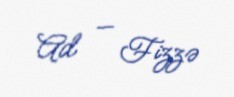
Ad — Fizzə